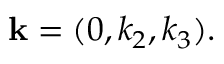
{ \bf k } = ( 0 , k _ { 2 } , k _ { 3 } ) .